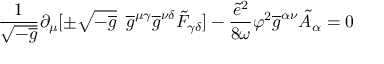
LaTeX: \frac { 1 } { \sqrt { - \overline { { { g } } } } } \partial _ { \mu } [ \pm \sqrt { - \overline { { { g } } } } \enspace \overline { { { g } } } ^ { \mu \gamma } \overline { { { g } } } ^ { \nu \delta } \tilde { F } _ { \gamma \delta } ] - \frac { \tilde { e } ^ { 2 } } { 8 \omega } \varphi ^ { 2 } \overline { { { g } } } ^ { \alpha \nu } \tilde { A } _ { \alpha } = 0